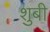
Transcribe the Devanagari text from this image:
शुबी